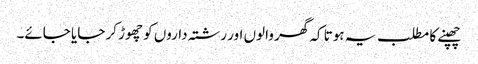
چھپنے کا مطلب یہ ہوتا کہ گھر والوں اور رشتہ داروں کو چھوڑ کر جایا جائے۔